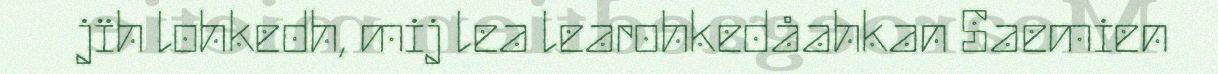
jïh lohkedh, mij lea learohkedåahkan Saemien